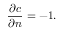
\frac { \partial { c } } { \partial { n } } = - 1 .